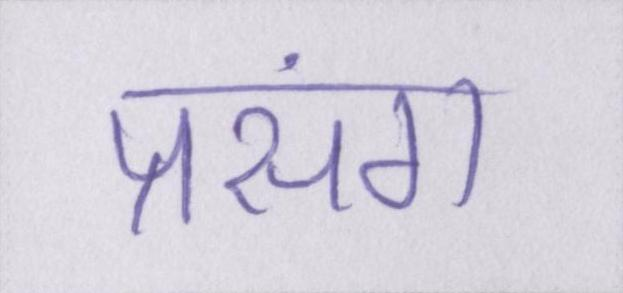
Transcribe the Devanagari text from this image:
प्रसंग